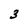
Character: 3